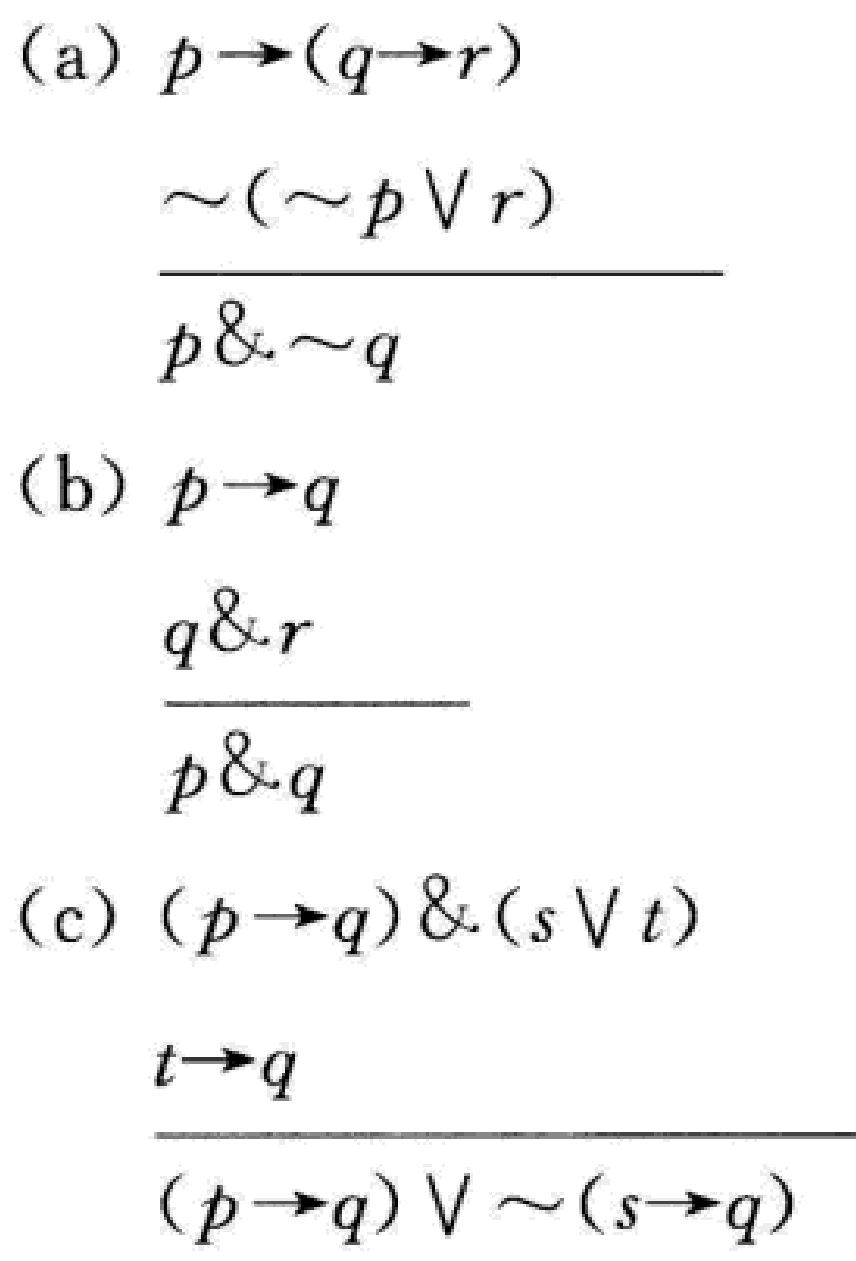
(a) \(p\rightarrow(q\rightarrow r)\)
\(\sim(\sim p\vee r)\)
\(\overline{p\& \sim q}\)
(b) \(p\rightarrow q\)
\(q\& r\)
\(\overline{p\& q}\)
(c) \((p\rightarrow q)\&(s\vee t)\)
\(t\rightarrow q\)
\(\overline{(p\rightarrow q)\vee\sim(s\rightarrow q)}\)